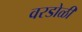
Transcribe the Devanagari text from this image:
वरडोळी